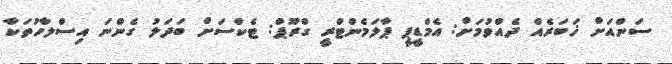
ސަންއަށް ޚަބަރެއް ދެއްވުމަށް: އެމްޑީޕީ ޕާލަމެންޓްރީ ގްރޫޕް: ޓެކްސަށް ބަދަލު ގެންނަ އިސްލާހުތަކާ